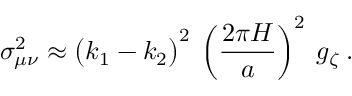
\sigma _ { \mu \nu } ^ { 2 } \approx \big ( k _ { 1 } - k _ { 2 } \big ) ^ { 2 } \: \left( \frac { 2 \pi H } { a } \right) ^ { 2 } \: g _ { \zeta } \: .